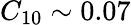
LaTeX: C_{10}\sim 0.07